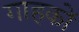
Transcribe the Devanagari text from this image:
गाहकों